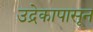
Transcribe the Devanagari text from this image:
उद्रेकापासून